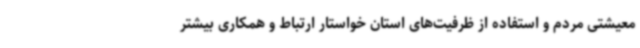
معیشتی مردم و استفاده از ظرفیت‌های استان خواستار ارتباط و همکاری بیشتر